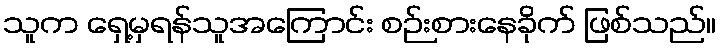
သူက ရှေ့မှရန်သူအကြောင်း စဉ်းစားနေခိုက် ဖြစ်သည်။